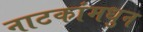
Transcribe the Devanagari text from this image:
नाटकांमधुन